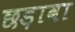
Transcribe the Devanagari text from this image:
छड़ावा